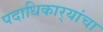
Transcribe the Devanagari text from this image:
पदाधिकार्‍यांचा